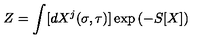
Z = \int [ d X ^ { j } ( \sigma , \tau ) ] \exp \left( - S [ X ] \right)